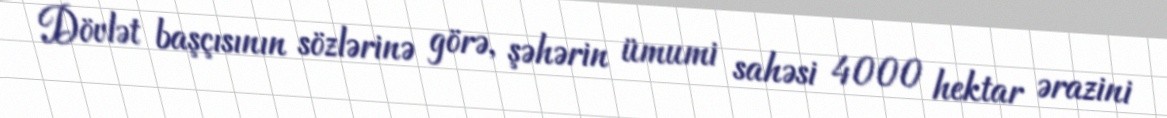
Dövlət başçısının sözlərinə görə, şəhərin ümumi sahəsi 4000 hektar ərazini